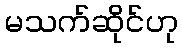
မသက်ဆိုင်ဟု